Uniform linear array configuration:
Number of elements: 4
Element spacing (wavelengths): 0.75
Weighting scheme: hann
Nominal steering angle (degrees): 0
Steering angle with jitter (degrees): -0.972
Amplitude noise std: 0.05
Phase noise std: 0.05

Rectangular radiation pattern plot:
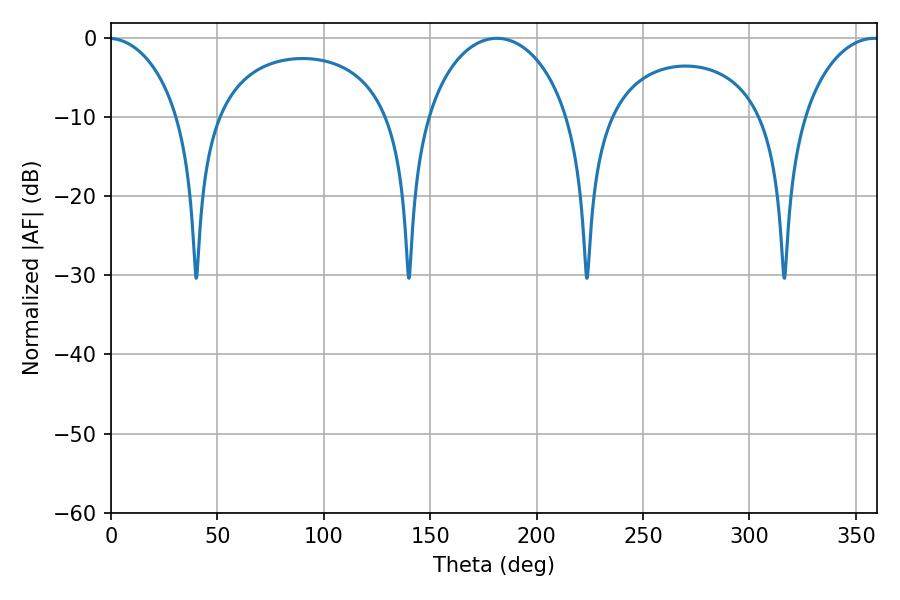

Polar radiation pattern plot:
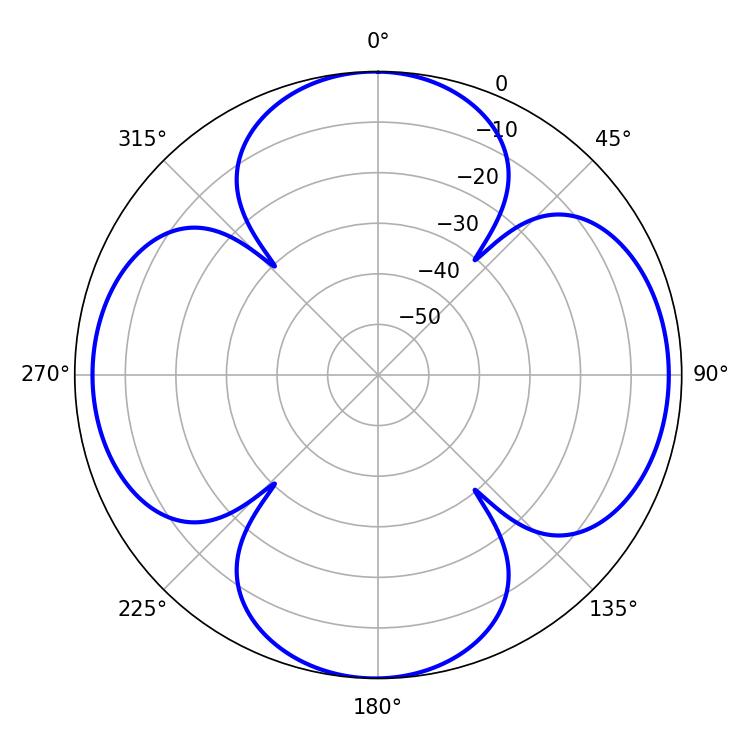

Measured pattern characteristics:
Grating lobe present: TRUE
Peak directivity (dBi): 13.153
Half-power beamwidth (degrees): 38.88
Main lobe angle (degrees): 181.26